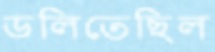
ডলিতেছিল